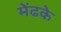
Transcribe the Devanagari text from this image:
मेंढके